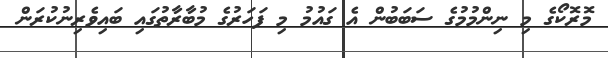
މޮރޮކޯގެ މި ނިންމުމުގެ ސަބަބުން އެ ގައުމު މި ފަހަރުގެ މުބާރާތުގައި ބައިވެރިނުކުރަން